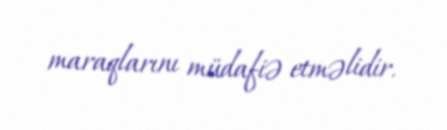
maraqlarını müdafiə etməlidir.